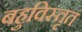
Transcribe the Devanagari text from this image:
बहुविस्तृत